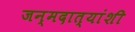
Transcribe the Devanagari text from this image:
जन्मदात्यांशी